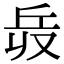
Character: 𠬿